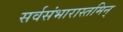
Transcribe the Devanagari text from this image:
सर्वसंभारास्तमिन्‌